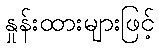
နှုန်းထားများဖြင့်